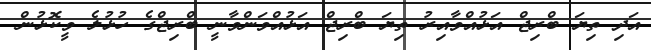
އަދި ތިޔަ ބްރިޖް އަޅުއްވާއިރު ތިޔަ ބްރިޖް އަޅުއްވަންވާނީ ބްރިޖްގެ ހުޅުލެ ވީކޮޅުން